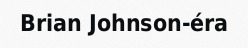
Brian Johnson-éra